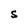
Character: S